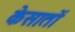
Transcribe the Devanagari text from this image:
केसातों